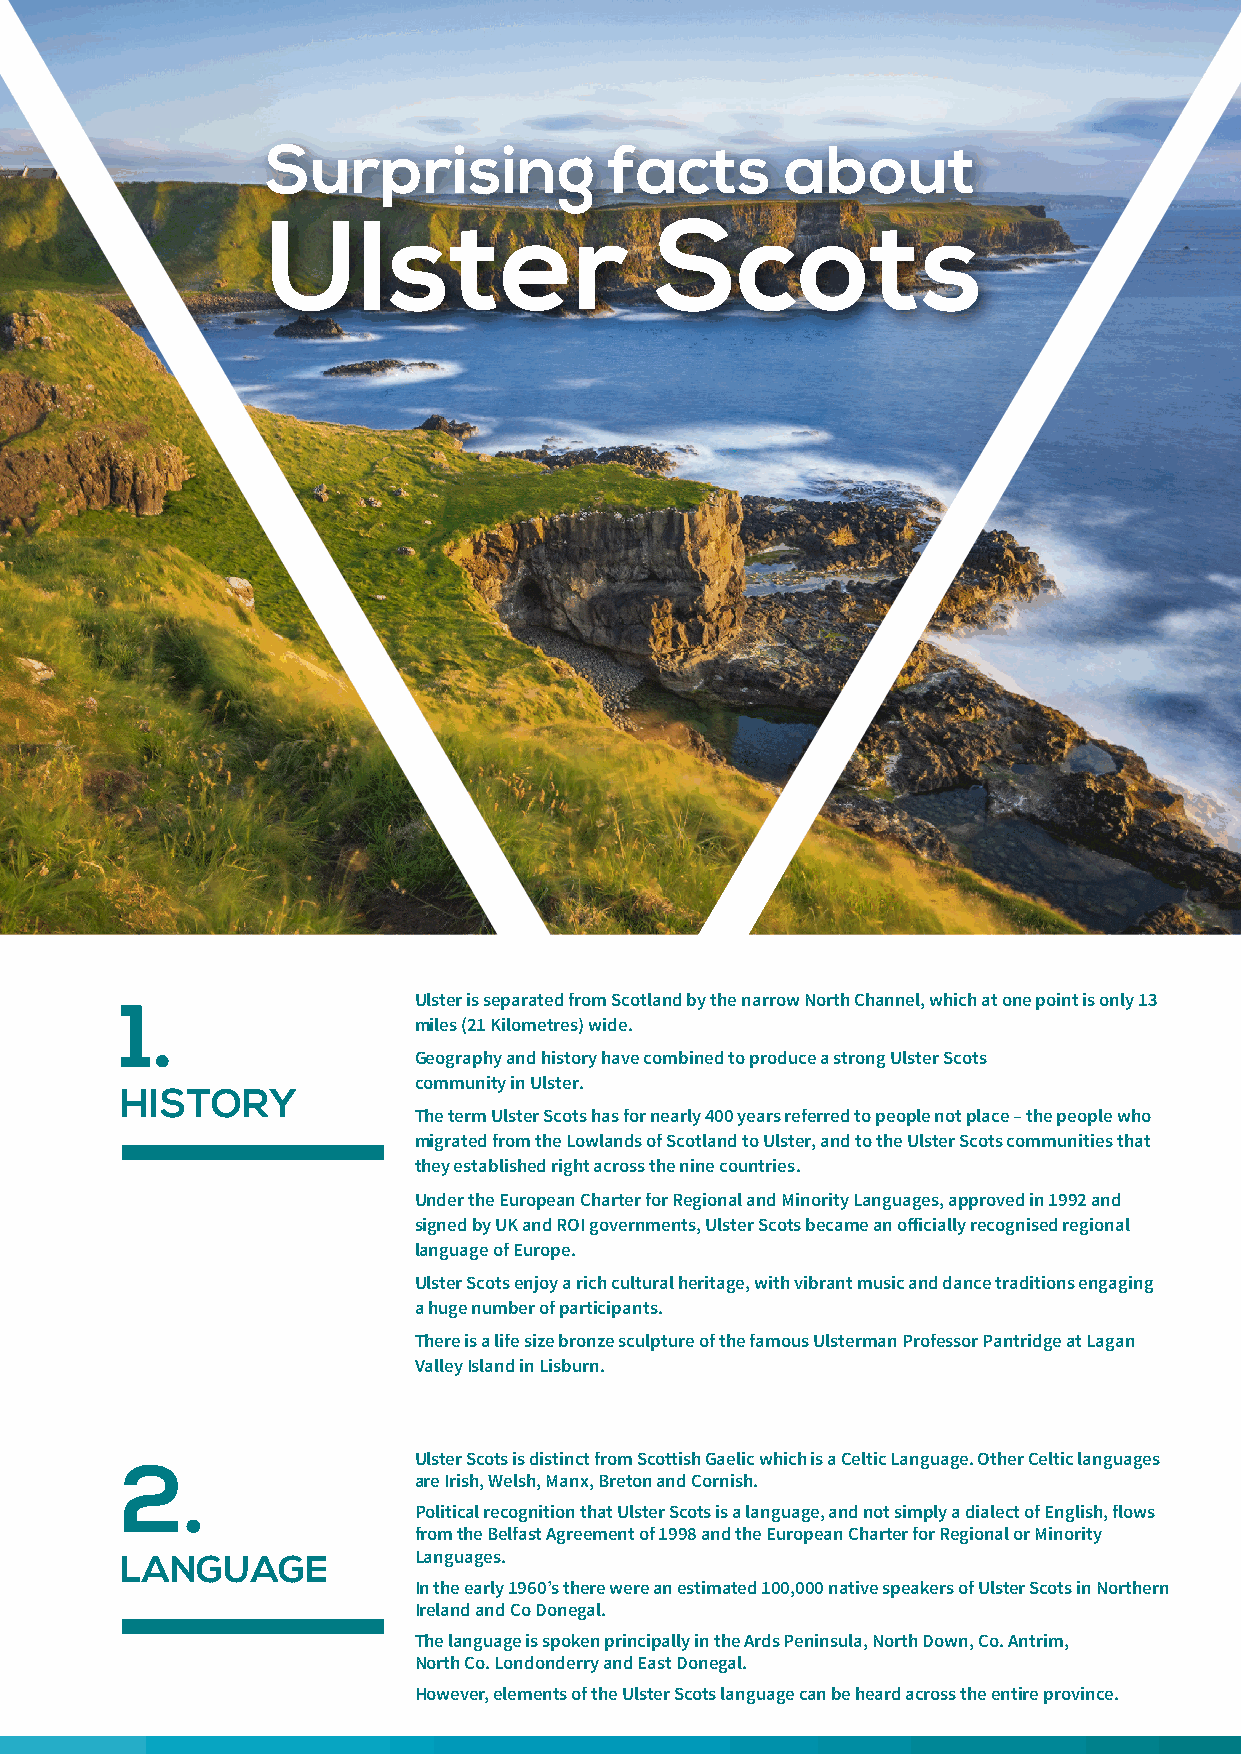
Surprising            facts       about
 Ulster                   Scots
 Ulster is separated from Scotland by the narrow North Channel, which at one point is only 13
 1.
 miles (21 Kilometres) wide.
 Geography and history have combined to produce a strong Ulster Scots
 community in Ulster.
 HISTORY
 The term Ulster Scots has for nearly 400 years referred to people not place – the people who
 migrated from the Lowlands of Scotland to Ulster, and to the Ulster Scots communities that
 they established right across the nine countries.
 Under the European Charter for Regional and Minority Languages, approved in 1992 and
 signed by UK and ROI governments, Ulster Scots became an officially recognised regional
 language of Europe.
 Ulster Scots enjoy a rich cultural heritage, with vibrant music and dance traditions engaging
 a huge number of participants.
 There is a life size bronze sculpture of the famous Ulsterman Professor Pantridge at Lagan
 Valley Island in Lisburn.
 Ulster Scots is distinct from Scottish Gaelic which is a Celtic Language. Other Celtic languages
 2.
 are Irish, Welsh, Manx, Breton and Cornish.
 Political recognition that Ulster Scots is a language, and not simply a dialect of English, flows
 from the Belfast Agreement of 1998 and the European Charter for Regional or Minority
 Languages.
 LANGUAGE
 In the early 1960’s there were an estimated 100,000 native speakers of Ulster Scots in Northern
 Ireland and Co Donegal.
 The language is spoken principally in the Ards Peninsula, North Down, Co. Antrim,
 North Co. Londonderry and East Donegal.
 However, elements of the Ulster Scots language can be heard across the entire province.